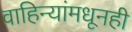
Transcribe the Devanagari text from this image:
वाहिन्यांमधूनही